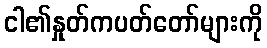
ငါ၏နှုတ်ကပတ်တော်များကို